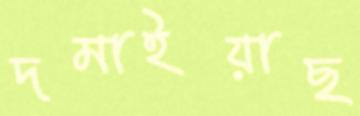
দমাইয়াছ